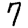
Digit: 7